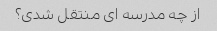
از چه مدرسه ای منتقل شدی؟